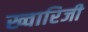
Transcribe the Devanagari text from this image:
ख्वारिजी